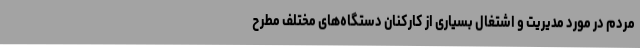
مردم در مورد مدیریت و اشتغال بسیاری از کارکنان دستگاه‌های مختلف مطرح